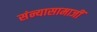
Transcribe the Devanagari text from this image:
संन्यासामाजीं